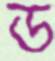
ড